Bulletin of the Pasteur Institute of Southern India, Coonoor - No. 1.
Year: 1908
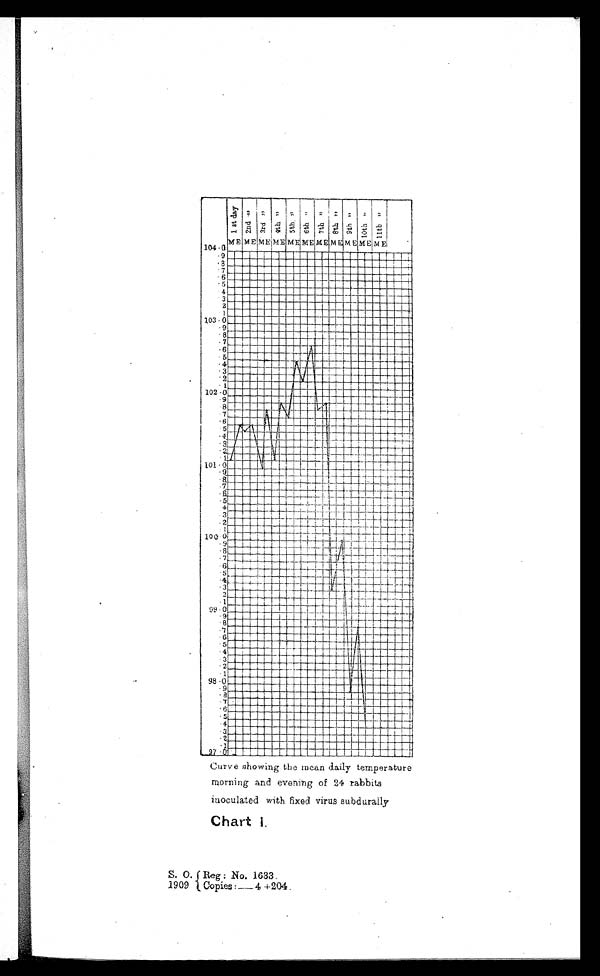
Curve showing the mean daily temperature
morning and everting of 24 rabbits
inoculated with fixed virus subdurally
Chart I .
S. O. R e g : N o . 1 6 3 3 .
1 9 0 9 C o p i e s : — 4 + 2 0 4 .